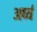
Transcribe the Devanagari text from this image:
अर्घ्य